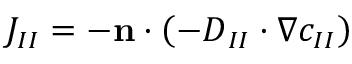
J _ { I I } = - \mathbf { n } \cdot \left( - \boldsymbol { D } _ { I I } \cdot \nabla c _ { I I } \right)